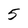
Character: 5